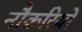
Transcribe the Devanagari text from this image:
नौकरियो